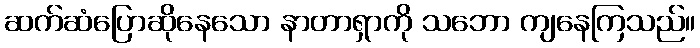
ဆက်ဆံပြောဆိုနေသော နာတာရှာကို သဘော ကျနေကြသည်။